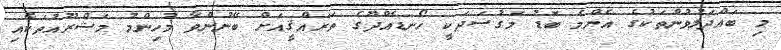
މި ބައްދަލުވުންތަކުގެ އެންމެ ބޮޑު މަގުސަދަކީ ހޯނޑެއްދޫގެ ތަރައްޤީއަށް ބޭނުންވާ މުހިންމު މަޝްރޫއުތަކާއި